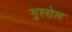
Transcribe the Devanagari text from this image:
गुस्सेल